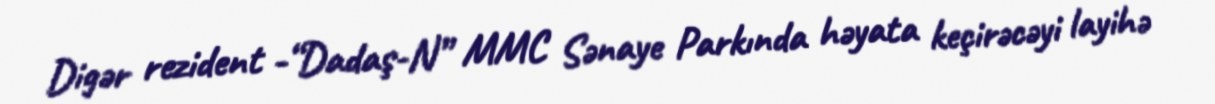
Digər rezident -“Dadaş-N” MMC Sənaye Parkında həyata keçirəcəyi layihə